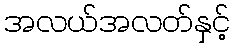
အလယ်အလတ်နှင့်